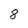
Character: 8